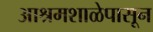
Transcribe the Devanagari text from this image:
आश्रमशाळेपासून